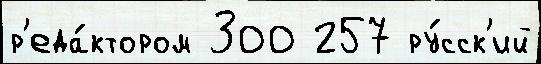
р'еда́ктором 300 257 ру́сск'ий